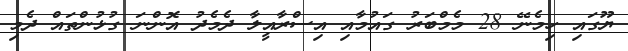
ޔޫގައި ހިމެނޭ 28 މެމްބަރު ގައުމާއި އިސްރާއީލާ ދެމެދު އޮންނަ ގުޅުންތައް ދެމި